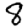
Digit: 8